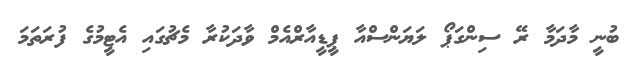
ބުނީ މާދަމާ ރޭ ސިންގަޕޯ ލަޔަންސްއާ ޕީޑީއާރްއެމް ވާދަކުރާ މެޗުގައި އެޓީމުގެ ފުރަތަމަ